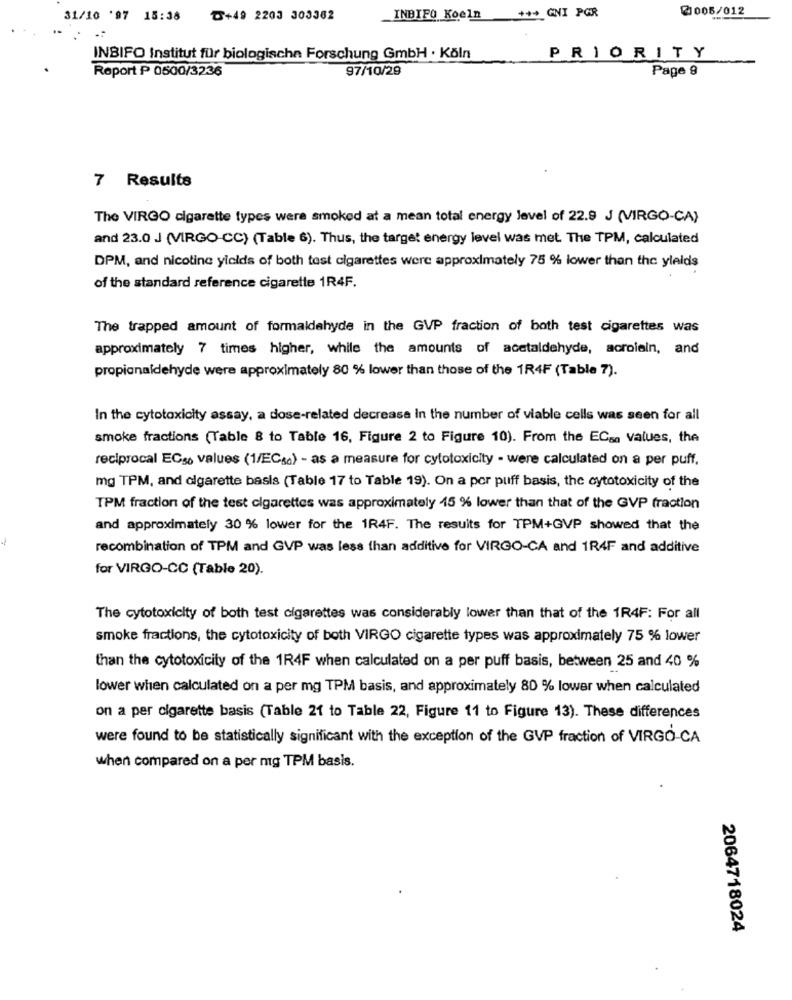
@1005/012
31/10 '97 15:38
₸+49 2203 303362
INBIFO Koeln
+++ GNI PGR
INBIFO Institut für biologische Forschung GmbH . Köln
PRIORITY
Report ₱ 0500/3236
97/10/29
Page 9
7 Results
The VIRGO cigarette types were smoked at a mean total energy level of 22.9 J (VIRGO-CA)
and 23.0 J (VIRGO-CC) (Table 6). Thus, the target energy level was met The TPM, calculated
DPM, and nicotine yields of both test cigarettes were approximately 75 % lower than the yields
of the standard reference cigarette 1R4F.
The trapped amount of formaldehyde in the GVP fraction of both test cigarettes was
approximately 7 times higher, while the amounts of acetaldehyde, acrolein, and
propionaldehyde were approximately 80 % lower than those of the 1R4F (Table 7).
In the cytotoxicity assay, a dose-related decrease In the number of viable cells was seen for all
smoke fractions (Table 8 to Table 16, Figure 2 to Figure 10). From the ECsa values, the
reciprocal EC3 values (1/ECs) - as a measure for cytotoxicity - were calculated on a per puff.
mg TPM, and cigarette basis (Table 17 to Table 19). On a por puff basis, the cytotoxicity of the
TPM fraction of the test cigarettes was approximately 45 % lower than that of the GVP fraction
and approximately 30 % lower for the 1R4F. The results for TPM+GVP showed that the
recombination of TPM and GVP was less than additive for VIRGO-CA and 1R4F and additive
for VIRGO-CC (Table 20).
The cytotoxicity of both test cigarettes was considerably lower than that of the 1R4F: For all
smoke fractions, the cytotoxicity of both VIRGO cigarette types was approximately 75 % lower
than the cytotoxicity of the 1R4F when calculated on a per puff basis, between 25 and 40 %
lower when calculated on a per mg TPM basis, and approximately 80 % lower when calculated
on a per cigarette basis (Table 21 to Table 22, Figure 11 to Figure 13). These differences
were found to be statistically significant with the exception of the GVP fraction of VIRGO-CA
when compared on a per mg TPM basis.
2064718024